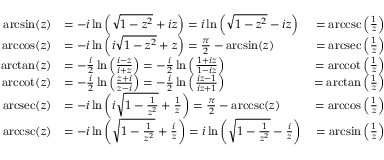
{ \begin{array} { r l r } { \arcsin ( z ) } & { = - i \ln \left( { \sqrt { 1 - z ^ { 2 } } } + i z \right) = i \ln \left( { \sqrt { 1 - z ^ { 2 } } } - i z \right) } & { = \operatorname { a r c c s c } \left( { \frac { 1 } { z } } \right) } \\ { \operatorname { a r c c o s } ( z ) } & { = - i \ln \left( i { \sqrt { 1 - z ^ { 2 } } } + z \right) = { \frac { \pi } { 2 } } - \arcsin ( z ) } & { = \operatorname { a r c s e c } \left( { \frac { 1 } { z } } \right) } \\ { \arctan ( z ) } & { = - { \frac { i } { 2 } } \ln \left( { \frac { i - z } { i + z } } \right) = - { \frac { i } { 2 } } \ln \left( { \frac { 1 + i z } { 1 - i z } } \right) } & { = \operatorname { a r c c o t } \left( { \frac { 1 } { z } } \right) } \\ { \operatorname { a r c c o t } ( z ) } & { = - { \frac { i } { 2 } } \ln \left( { \frac { z + i } { z - i } } \right) = - { \frac { i } { 2 } } \ln \left( { \frac { i z - 1 } { i z + 1 } } \right) } & { = \arctan \left( { \frac { 1 } { z } } \right) } \\ { \operatorname { a r c s e c } ( z ) } & { = - i \ln \left( i { \sqrt { 1 - { \frac { 1 } { z ^ { 2 } } } } } + { \frac { 1 } { z } } \right) = { \frac { \pi } { 2 } } - \operatorname { a r c c s c } ( z ) } & { = \operatorname { a r c c o s } \left( { \frac { 1 } { z } } \right) } \\ { \operatorname { a r c c s c } ( z ) } & { = - i \ln \left( { \sqrt { 1 - { \frac { 1 } { z ^ { 2 } } } } } + { \frac { i } { z } } \right) = i \ln \left( { \sqrt { 1 - { \frac { 1 } { z ^ { 2 } } } } } - { \frac { i } { z } } \right) } & { = \arcsin \left( { \frac { 1 } { z } } \right) } \end{array} }